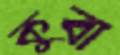
কুবা